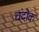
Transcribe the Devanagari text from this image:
चंदोक